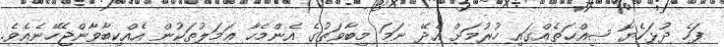
ފަހެ ދުޅަހެޔޮ ޞިއްޙަތެއްގައި ހުރުމަށް އެދޭ ނަމަ މިބާވަތުގެ އެންމެހާ ޢަމަލުތަކުން އެއްކިބާވާންޖެހޭނެއެވެ.